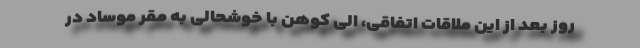
روز بعد از این ملاقات اتفاقی، الی کوهن با خوشحالی به مقر موساد در